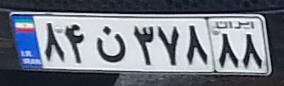
۸۴ن۳۷۸۸۸